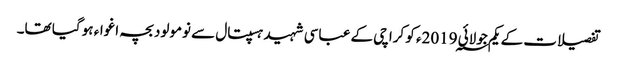
تفصیلات کے یکم جولائی 2019؁ء کو کراچی کے عباسی شہید ہسپتال سے نومولود بچہ اغواء ہو گیا تھا۔